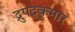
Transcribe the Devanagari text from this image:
द्रुपदकुमार